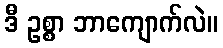
ဒီ ဥစ္စာ ဘာကျောက်လဲ။